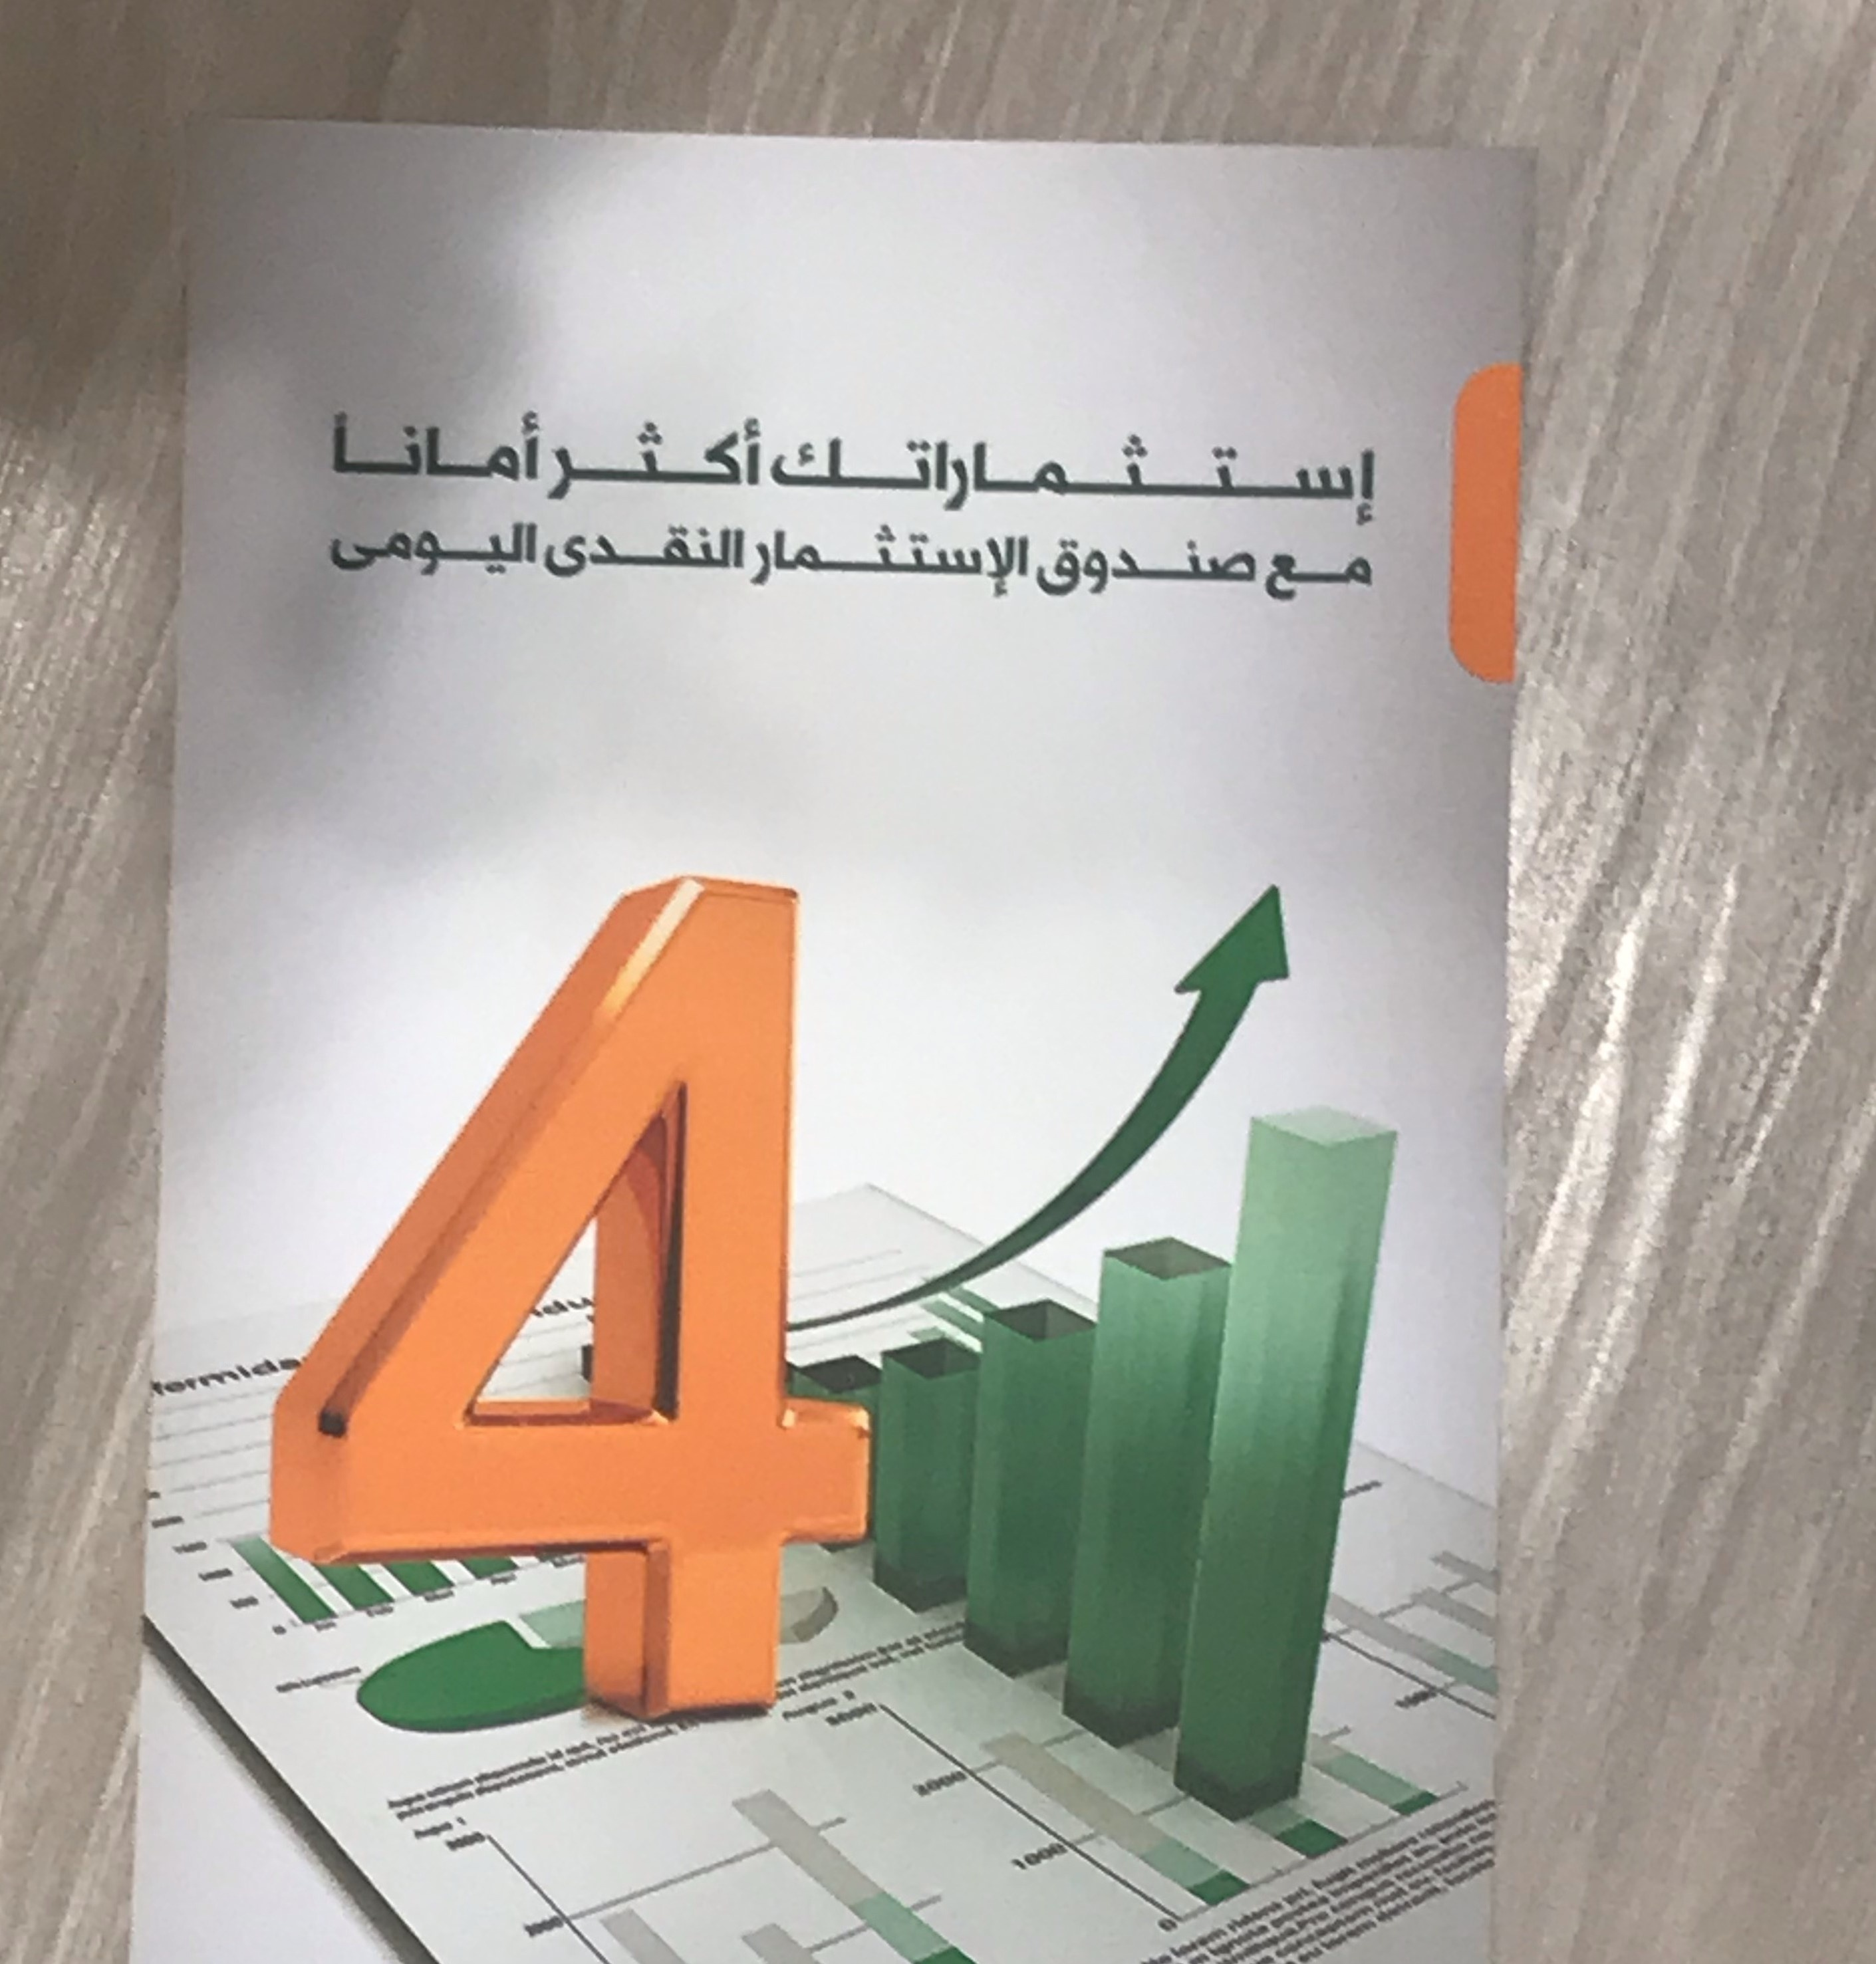
Text in image: أمانا أكثر إستشماراتك اليومى النقدى الإستثمار صندوق مع 4